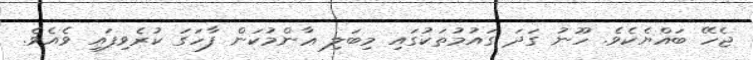
ޖެހޭ ބައްޔެކެވެ. ހޫނު ގަދަ ގައުމުތަކުގައި މިބަލި ޢާންމުކަން ފާހަގަ ކުރެވިފައި ވެއެވެ.